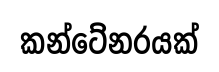
කන්ටේනරයක්